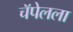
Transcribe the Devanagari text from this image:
चॅपेलला